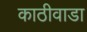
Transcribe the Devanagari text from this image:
काठीवाडा